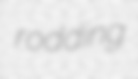
rodding